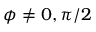
\phi \neq 0 , \pi / 2